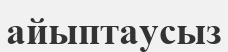
айыптаусыз